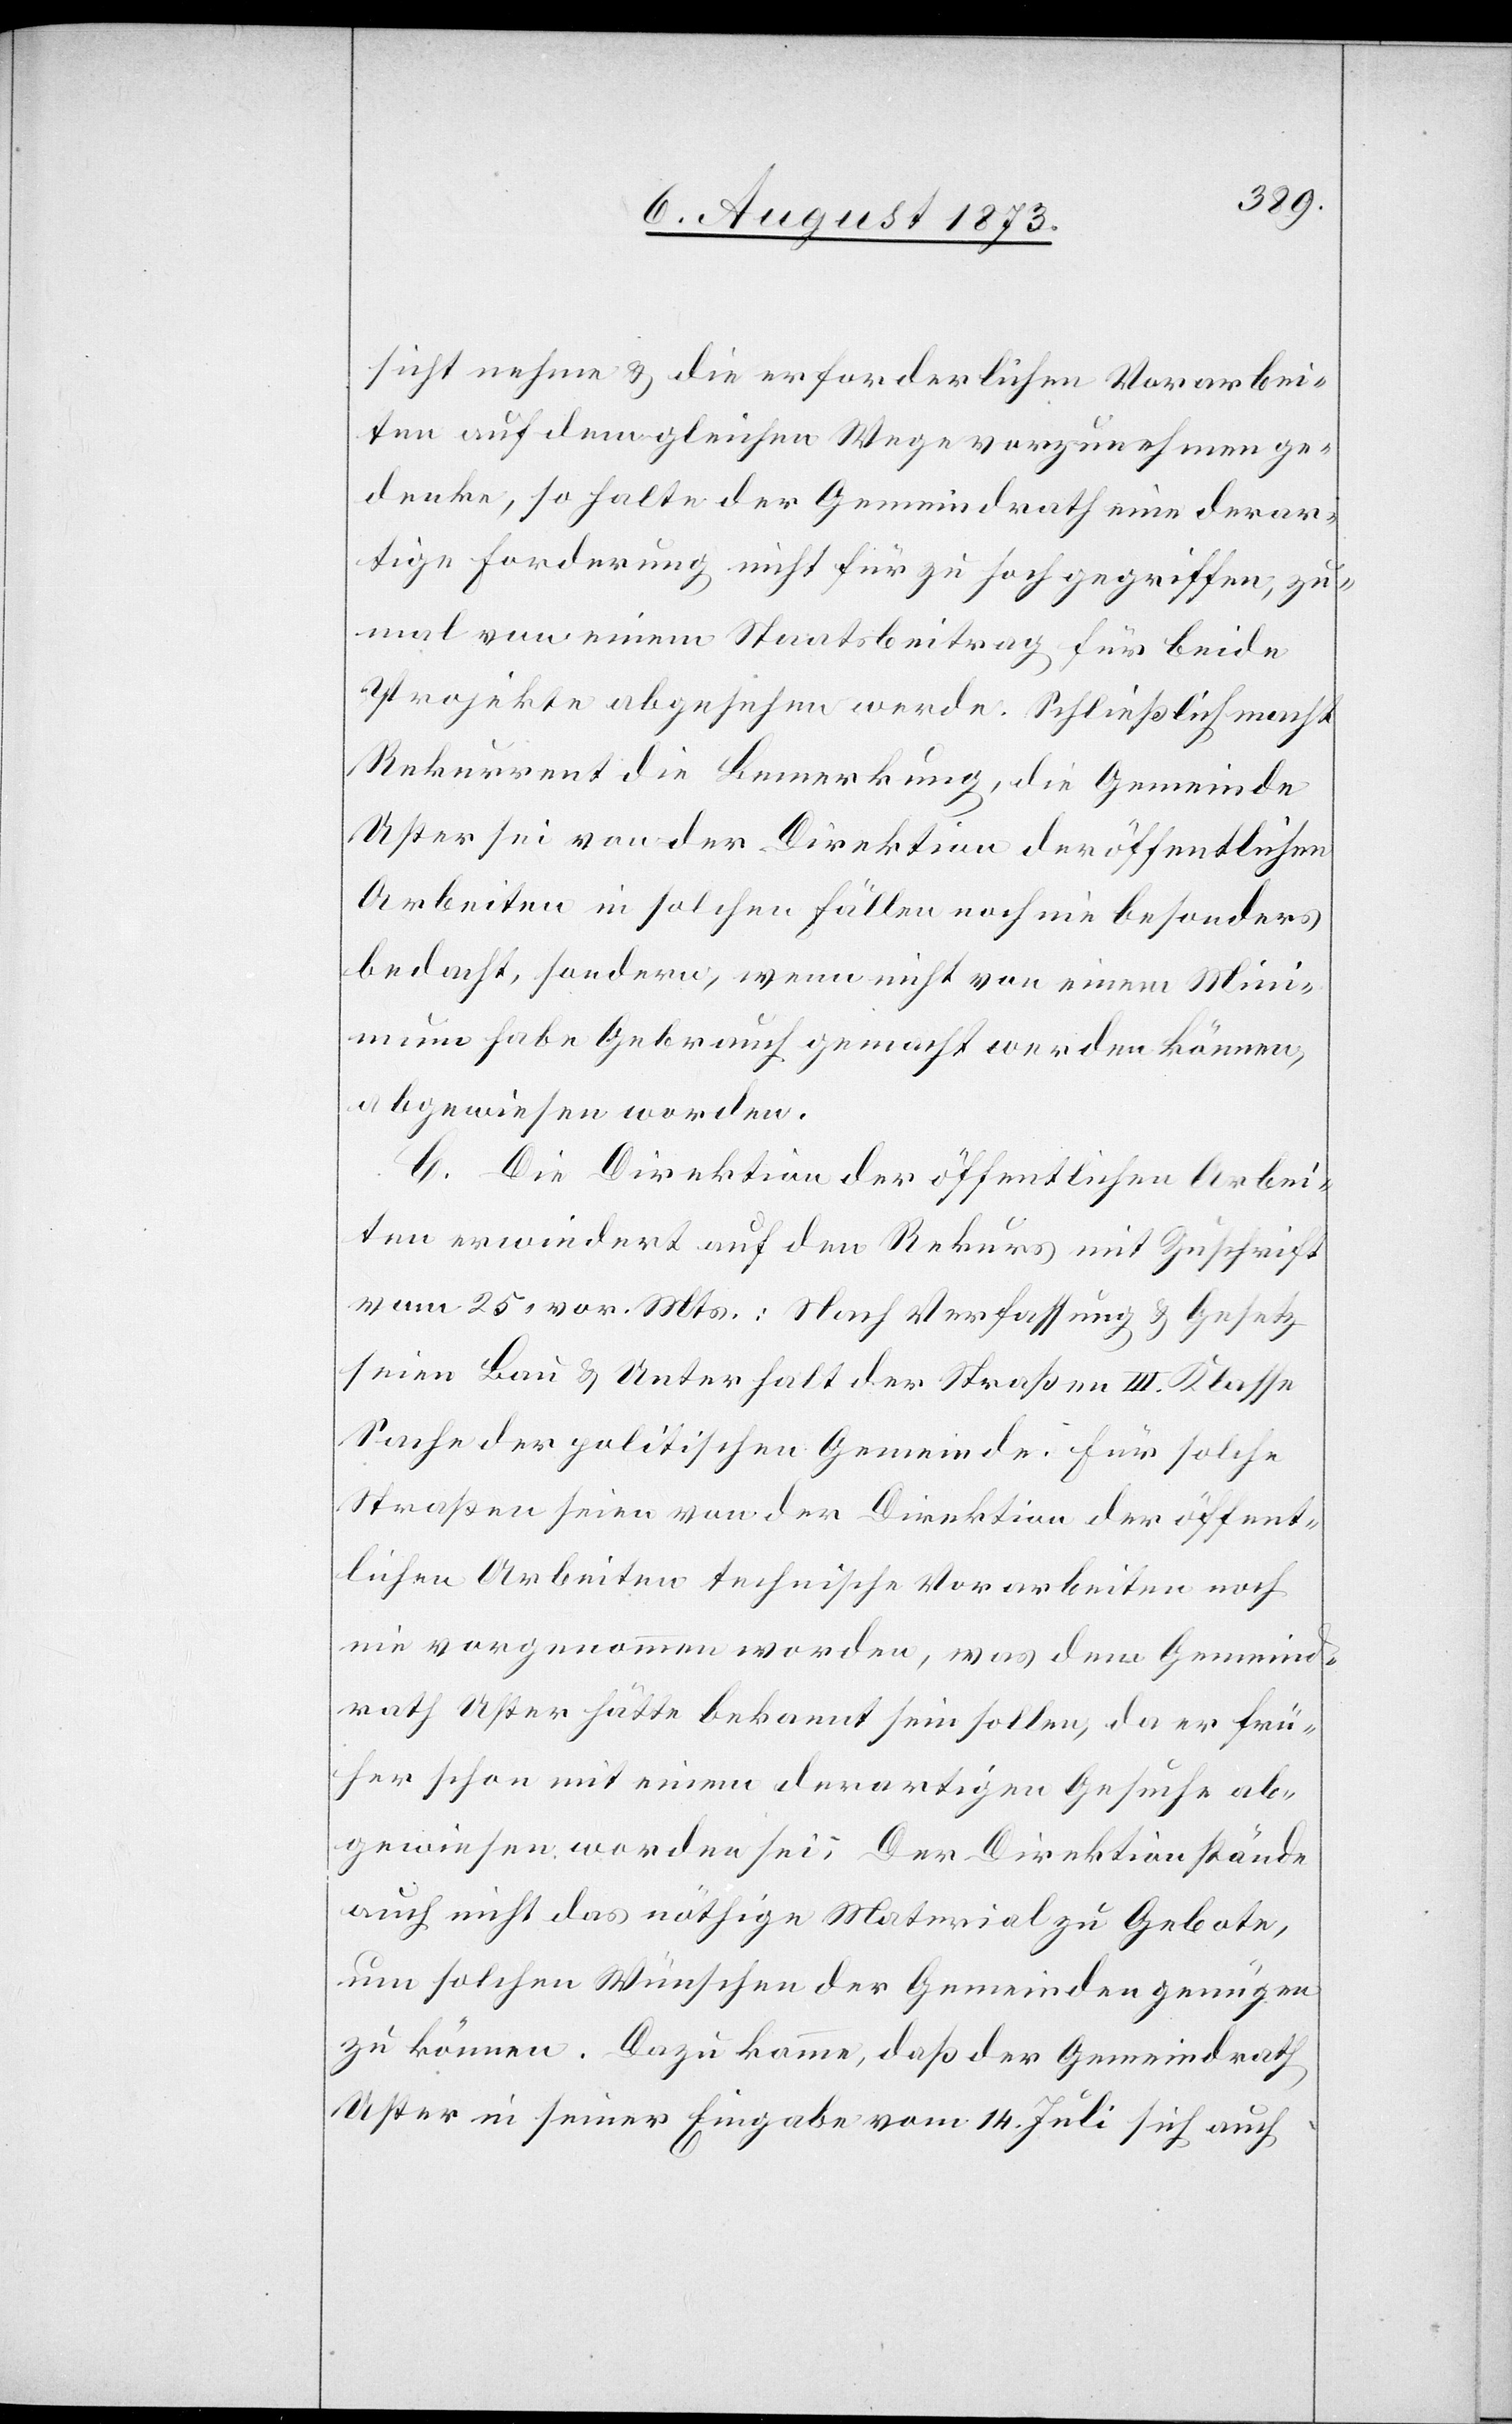
sicht nehme & die erforderlichen Vorarbei¬
ten auf dem gleichen Wege vorzunehmen ge¬
denke, so halte der Gemeindrath eine derar¬
tige Forderung nicht für zu hoch gegriffen, zu¬
mal von einem Staatsbeitrag für beide
Projekte abgesehen werde. Schließlich macht
Rekurrent die Bemerkung, die Gemeinde
Uster sei von der Direktion der öffentlichen
Arbeiten in solchen Fällen noch nie besonders
bedacht, sondern, wenn nicht von einem Min¬
imum habe Gebrauch gemacht werden können,
abgewiesen worden.
C. Die Direktion der öffentlichen Arbei¬
ten erwiedert auf den Rekurs mit Zuschrift
vom 25. vor. Mts.: Nach Verfassung & Gesetz
seien Bau & Unterhalt der Straßen III. Klasse
Sache der politischen Gemeinde. Für solche
Straßen seien von der Direktion der öffent¬
lichen Arbeiten technische Vorarbeiten noch
nie vorgenommen worden, was dem Gemeind¬
rath Uster hätte bekannt sein sollen, da er frü¬
her schon mit einem derartigen Gesuche ab¬
gewiesen worden sei. Der Direktion stände
auch nicht das nöthige Material zu Gebote,
um solchen Wünschen der Gemeinden genügen
zu können. Dazu komme, daß der Gemeindrath
Uster in seiner Eingabe vom 14. Juli sich auch